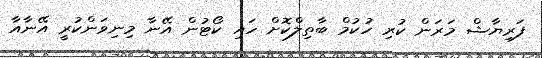
ފަރިިޔާޝް މަރަން ކުރި ހުކުމް ބާތިލްކޮށް ހައި ކޯޓުން އޭނާ މިނިވަންކުރީ އޭނާއާ